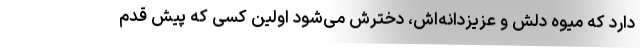
دارد که میوه دلش و عزیزدانه‌اش، دخترش می‌شود اولین کسی که پیش قدم